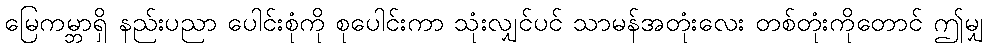
မြေကမ္ဘာရှိ နည်းပညာ ပေါင်းစုံကို စုပေါင်းကာ သုံးလျှင်ပင် သာမန်အတုံးလေး တစ်တုံးကိုတောင် ဤမျှ